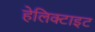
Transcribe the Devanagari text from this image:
हेलिक्टाइट